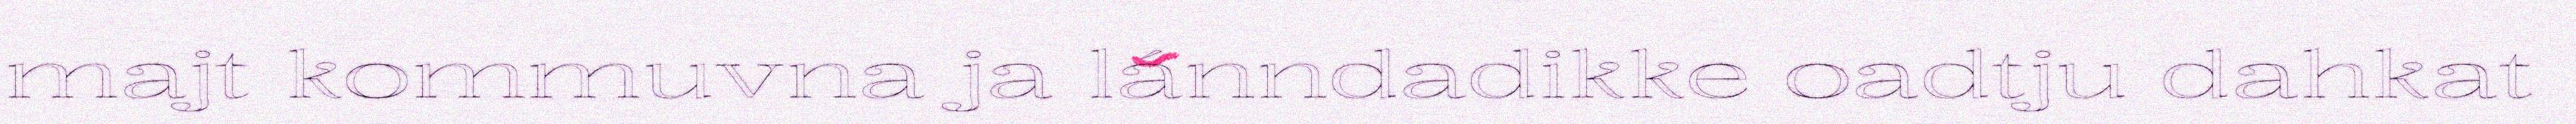
majt kommuvna ja lánndadikke oadtju dahkat